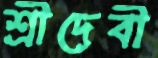
শ্রীদেবী